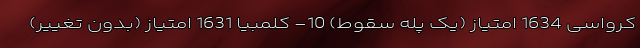
کرواسی 1634 امتیاز (یک پله سقوط) 10- کلمبیا 1631 امتیاز (بدون تغییر)